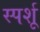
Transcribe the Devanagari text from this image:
स्पर्शू